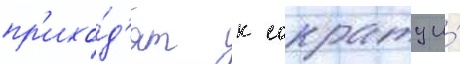
пр'ихо́д'ят к сократу и́